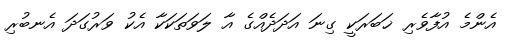
އެންމެ އުފާވެރި ޚަބަރަކީ ގިނަ އަދަދެއްގެ އާ ލަވަތަކަކާ އެކު ވަރުގަދަ އެނބުރި